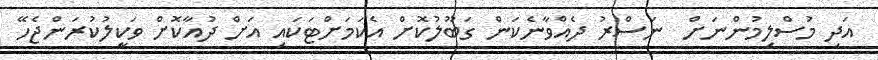
އަދި މުސްލިމުންނަށް  ނަސްރު ދެއްވާނެކަން ގަބޫލުކޮށް އެކަމަށްޓަކައި އަށް ދުއާކޮށް ވަކީލުކުރަންޖެހޭ